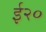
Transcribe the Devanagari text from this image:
ई२०